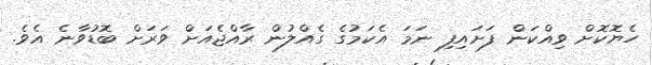
ހެޔޮކޮށް ވިއްކަން ފަށައިފި ނަމަ އެކަމުގެ ގެއްލުން ރާއްޖެއަށް ވަރަށް ބޮޑުވާނެ އެވެ.